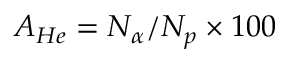
A _ { H e } = N _ { \alpha } / N _ { p } \times 1 0 0 \